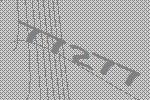
77277